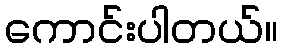
ကောင်းပါတယ်။